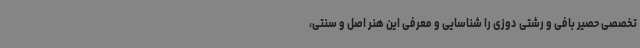
تخصصی حصیر بافی و رشتی دوزی را شناسایی و معرفی این هنر اصل و سنتی،